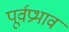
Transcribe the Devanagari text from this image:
पूर्वप्रभाव